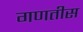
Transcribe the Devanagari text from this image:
गणतीस